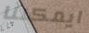
ايمكننا